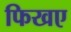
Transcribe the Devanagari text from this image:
फिखए